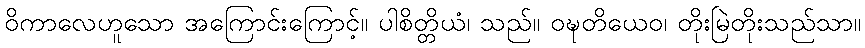
ဝိကာလေဟူသော အကြောင်းကြောင့်။ ပါစိတ္တိယံ၊ သည်။ ဝဍ္ဎတိယေဝ၊ တိုးမြဲတိုးသည်သာ။